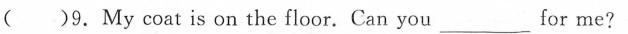
( )9. My coat is on the floor. Can you ___ for me?